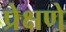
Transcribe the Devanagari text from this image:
प्रेक्षणे